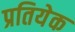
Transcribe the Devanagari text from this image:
प्रतियेक